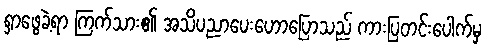
ရှာဖွေခဲ့ရာ ကြက်သား၏ အသိပညာပေးဟောပြောသည် ကားပြတင်းပေါက်မှ